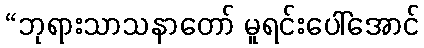
“ဘုရားသာသနာတော် မူရင်းပေါ်အောင်